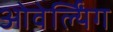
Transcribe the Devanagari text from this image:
ओवेर्ल्यिंग